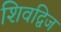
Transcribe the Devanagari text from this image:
शिवद्विज